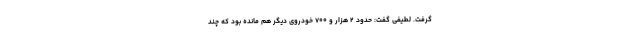
گرفت. لطیفی گفت: حدود ۲ هزار و ۷۰۰ خودروی دیگر هم مانده بود که چند